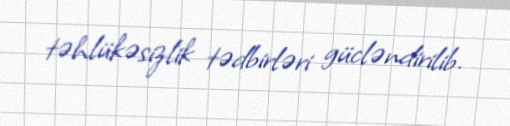
təhlükəsizlik tədbirləri gücləndirilib.